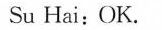
Su Hai:OK.